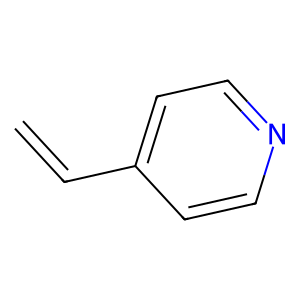
SMILES: C=Cc1ccncc1
Inhibits HIV replication: No